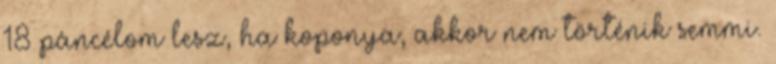
18 páncélom lesz, ha koponya, akkor nem történik semmi.